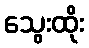
သွေးထိုး